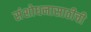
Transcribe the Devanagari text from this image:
संशोधनासाठीची